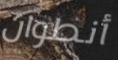
أنطوان